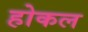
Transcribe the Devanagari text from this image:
होकल